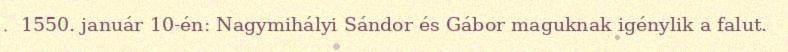
1550. január 10-én: Nagymihályi Sándor és Gábor maguknak igénylik a falut.